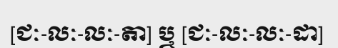
[ជៈ-លៈ-លៈ-តា] ឬ [ជៈ-លៈ-លៈ-ដា]